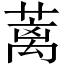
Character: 蓠